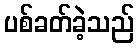
ပစ်ခတ်ခဲ့သည်